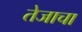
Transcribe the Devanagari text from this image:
तेजाचा